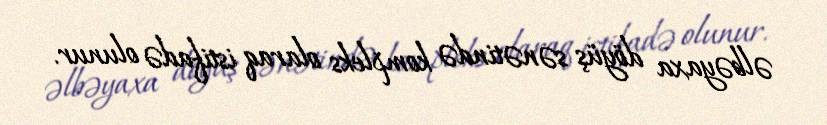
əlbəyaxa döyüş sənətində kompleks olaraq istifadə olunur.